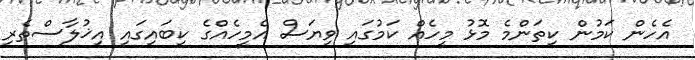
އެހެން ކަމުން ކިތަންމެ މޮޅު މީހެއް ކަމުގައި ވިޔަސް އެމީހެއްގެ ކިބައިގައި އިޚުލާސްތެރި